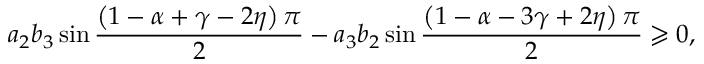
a _ { 2 } b _ { 3 } \sin \frac { \left( 1 - \alpha + \gamma - 2 \eta \right) \pi } { 2 } - a _ { 3 } b _ { 2 } \sin \frac { \left( 1 - \alpha - 3 \gamma + 2 \eta \right) \pi } { 2 } \geqslant 0 ,